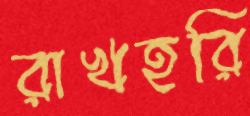
রাখহরি